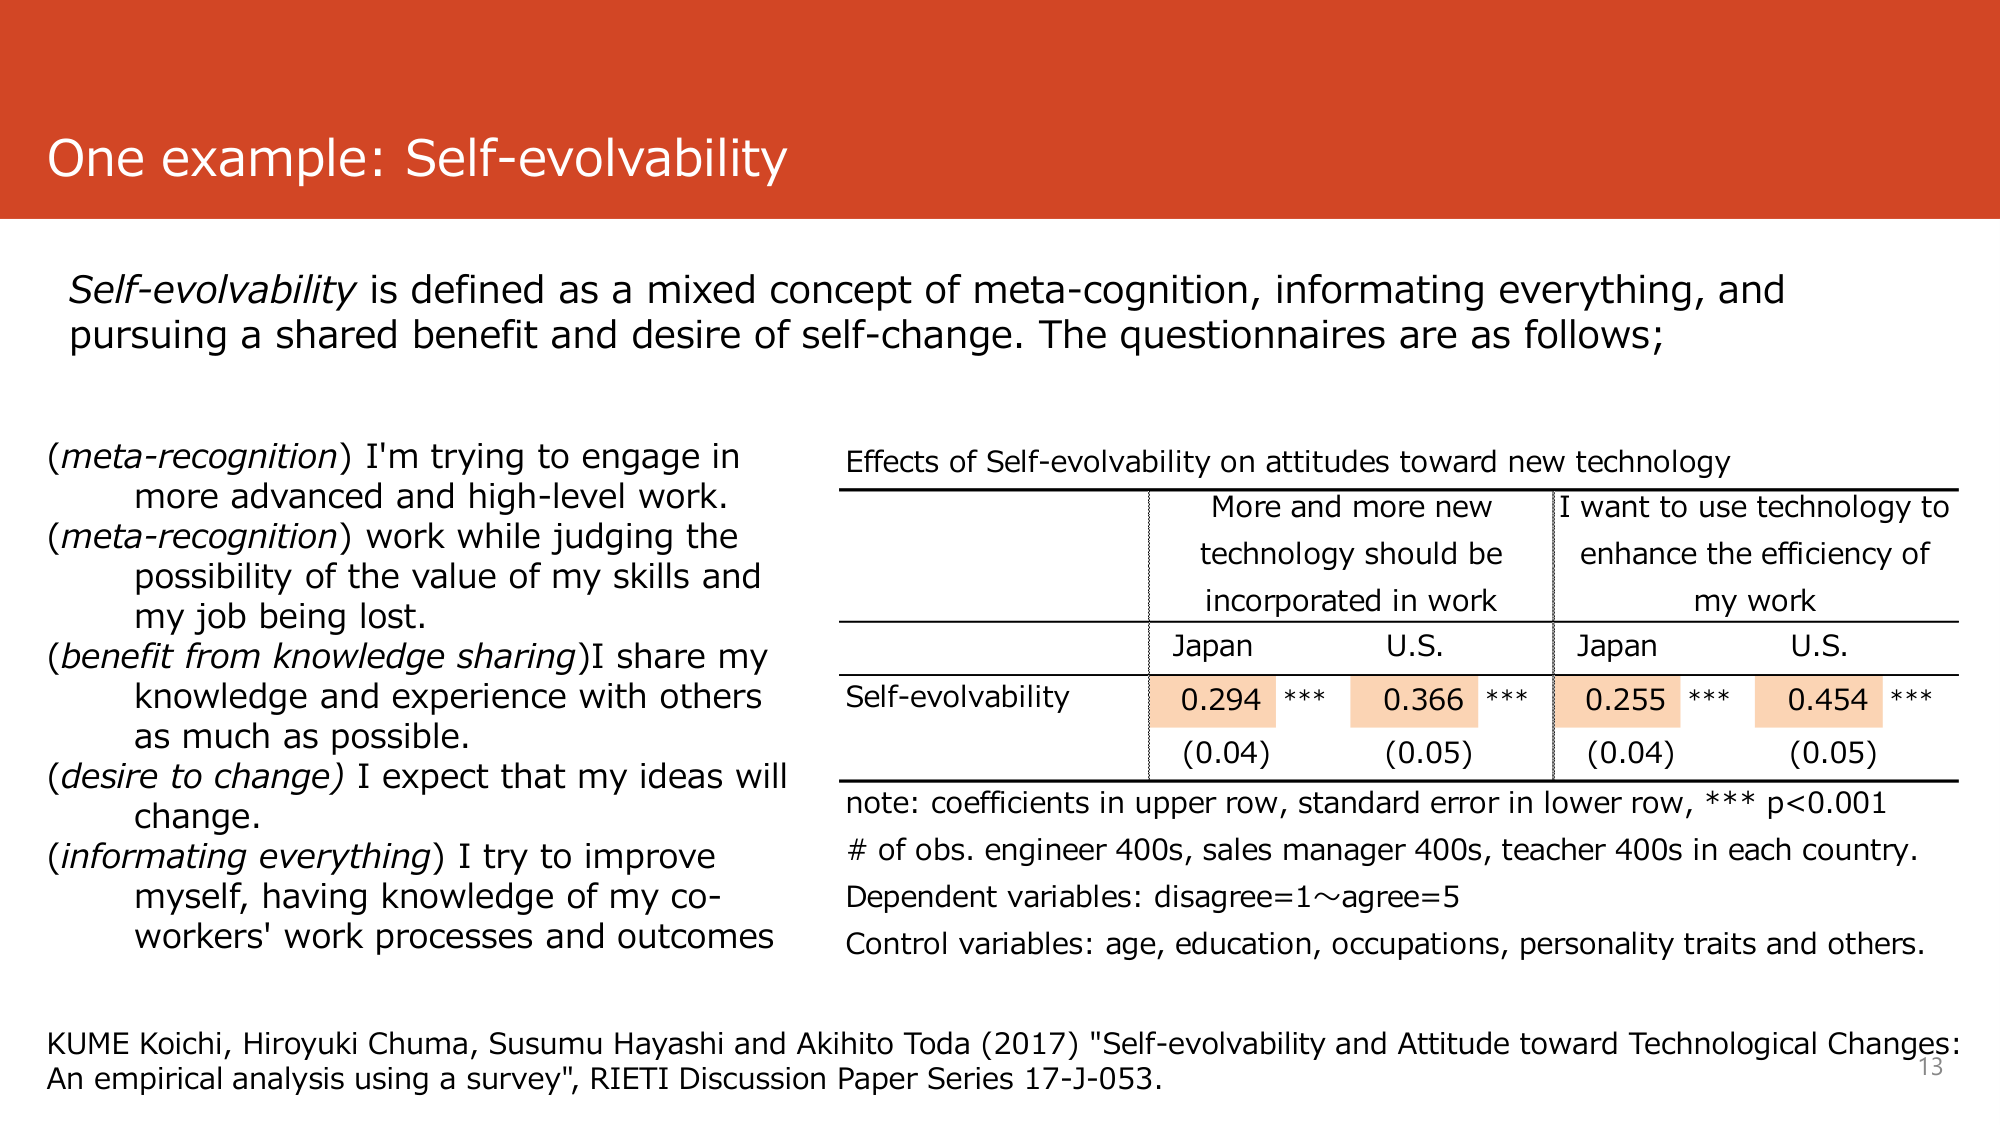
One example: Self-evolvability

Self-evolvability is defined as a mixed concept of meta-cognition, informatizing everything, and pursuing a shared benefit and desire of self-change. The questionnaires are as follows;

(meta-recognition) I'm trying to engage in more advanced and high-level work.
(meta-recognition) work while judging the possibility of the value of my skills and my job being lost.
(benefit from knowledge sharing) I share my knowledge and experience with others as much as possible.
(desire to change) I expect that my ideas will change.
(informatizing everything) I try to improve myself, having knowledge of my co-workers' work processes and outcomes

Effects of Self-evolvability on attitudes toward new technology
More and more new technology should be incorporated in work | I want to use technology to enhance the efficiency of my work
Japan | U.S. | Japan | U.S.
Self-evolvability | 0.294 *** | 0.366 *** | 0.255 *** | 0.454 ***
(0.04) | (0.05) | (0.04) | (0.05)

note: coefficients in upper row, standard error in lower row, *** p<0.001
# of obs. engineer 400s, sales manager 400s, teacher 400s in each country.
Dependent variables: disagree=1～agree=5
Control variables: age, education, occupations, personality traits and others.

KUME Koichi, Hiroyuki Chuma, Susumu Hayashi and Akihito Toda (2017) "Self-evolvability and Attitude toward Technological Changes: An empirical analysis using a survey", RIETI Discussion Paper Series 17-J-053.

13